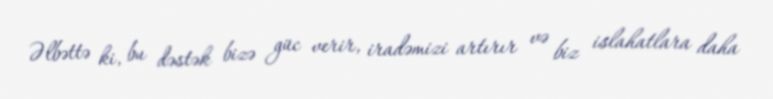
Əlbəttə ki, bu dəstək bizə güc verir, iradəmizi artırır və biz islahatlara daha